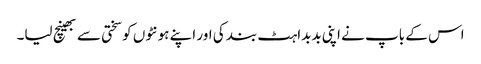
اس کے باپ نے اپنی بدبداہٹ بند کی اور اپنے ہونٹوں کو سختی سے بھینچ لیا۔